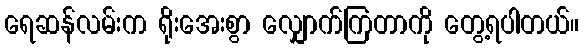
ရေဆန်လမ်းက ရိုးအေးစွာ လျှောက်ကြတာကို တွေ့ရပါတယ်။